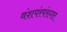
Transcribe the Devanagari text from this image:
वंशपंरपंरागत